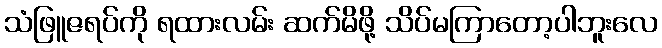
သံဖြူဇရပ်ကို ရထားလမ်း ဆက်မိဖို့ သိပ်မကြာတော့ပါဘူးလေ